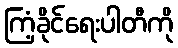
ကြံ့ခိုင်ရေးပါတီကို